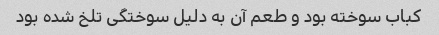
کباب سوخته بود و طعم آن به دلیل سوختگی تلخ شده بود